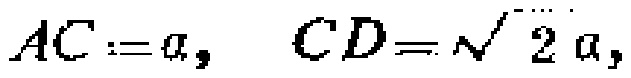
$AC := a,\ CD = \sqrt{2}a,$